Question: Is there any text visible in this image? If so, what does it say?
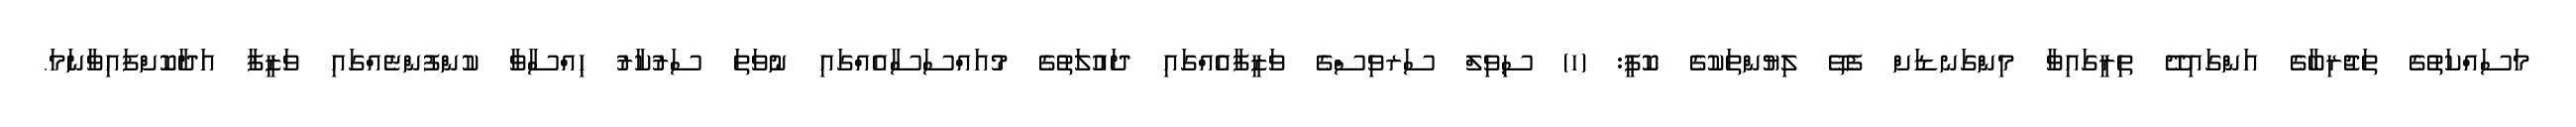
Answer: މަސައްކަތުގެ ތަޖުރިބާގެ އަންގައިދޭ ތިރީގައިވާ މިންގަނޑަށް ފެތޭ ލިޔުންތަކުގެ ކޮޕީ: (ހ) ސިވިލް ސަރވިސްގެ ވަޒީފާއެއްގައި ދައުލަތުގެ މުއައްސަސާއެއްގައި ނުވަތަ ސަރުކާރު ޙިއްސާވާ ކުންފުންޏެއްގައި ވަޒީފާ އަދާކޮށްފައިވާނަމަ.